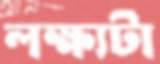
লক্ষ্যটা